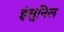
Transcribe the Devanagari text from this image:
इंसुनिल